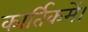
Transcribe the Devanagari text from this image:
कार्तिकमें।